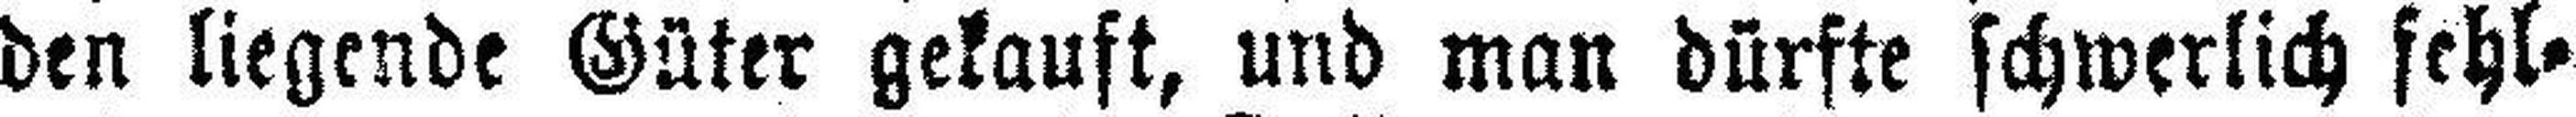
den liegende Güter gekauft, und man dürfte schwerlich fehl¬